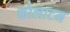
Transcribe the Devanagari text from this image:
कोलाटम